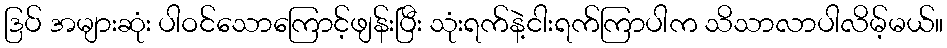
ဒြပ် အများဆုံး ပါဝင်သောကြောင့်ဖျန်းပြီး သုံးရက်နဲ့ငါးရက်ကြာပါက သိသာလာပါလိမ့်မယ်။